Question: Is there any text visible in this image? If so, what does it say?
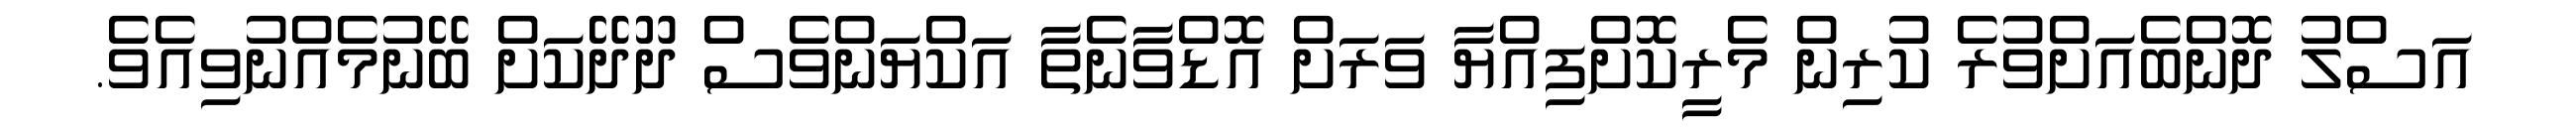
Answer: އަސްލު ދޮންބެއަށްވުރެ ކުރިން މެރީކޮށްފިއްޔާ ވަރަށް އޮޑްވާނެތާ އަކްޔަންވެސް ދޫދޭކަށް ބޭނުމެއްނުވިއެވެ.